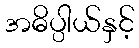
အဓိပ္ပါယ်နှင့်